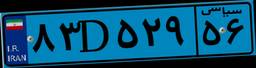
۳۹D۹۸۸۹۶